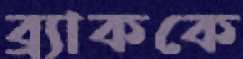
ব্র্যাককে